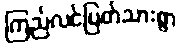
ကြည်လင်ပြတ်သားစွာ